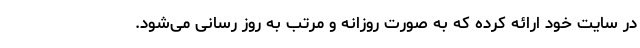
در سایت خود ارائه کرده که به صورت روزانه و مرتب به روز رسانی می‌شود.